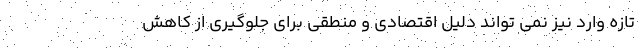
تازه وارد نیز نمی تواند دلیل اقتصادی و منطقی برای جلوگیری از کاهش